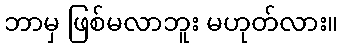
ဘာမှ ဖြစ်မလာဘူး မဟုတ်လား။